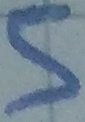
Text: 5